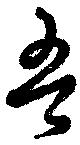
吾